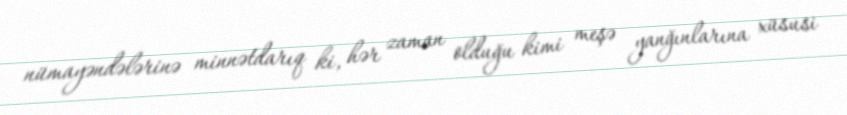
nümayəndələrinə minnətdarıq ki, hər zaman olduğu kimi meşə yanğınlarına xüsusi